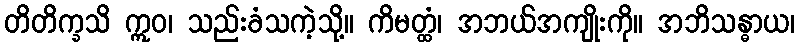
တိတိက္ခသိ ဣဝ၊ သည်းခံသကဲ့သို့။ ကိမတ္ထံ၊ အဘယ်အကျိုးကို။ အဘိသန္ဓာယ၊